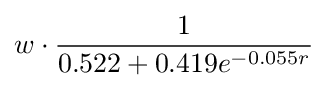
w\cdot {\frac {1}{0.522+0.419e^{-0.055r}}}